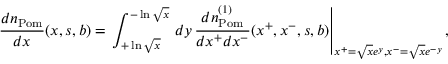
\frac { d n _ { \mathrm { P o m } } } { d x } ( x , s , b ) = \left. \int _ { + \ln \sqrt { x } } ^ { - \ln \sqrt { x } } \, d y \, \frac { d n _ { \mathrm { P o m } } ^ { ( 1 ) } } { d x ^ { + } d x ^ { - } } ( x ^ { + } , x ^ { - } , s , b ) \right| _ { x ^ { + } = \sqrt { x } e ^ { y } , x ^ { - } = \sqrt { x } e ^ { - y } } ,